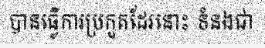
បានធ្វើការប្រកួតដែរនោះ ទំនងជា